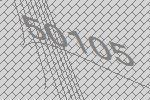
50105